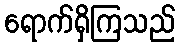
ရောက်ရှိကြသည်